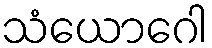
သံယောဂေါ